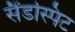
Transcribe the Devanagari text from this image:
सैंडस्पिट